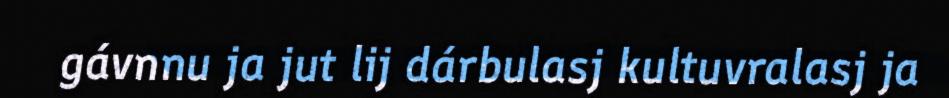
gávnnu ja jut lij dárbulasj kultuvralasj ja